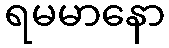
ရမမာနော